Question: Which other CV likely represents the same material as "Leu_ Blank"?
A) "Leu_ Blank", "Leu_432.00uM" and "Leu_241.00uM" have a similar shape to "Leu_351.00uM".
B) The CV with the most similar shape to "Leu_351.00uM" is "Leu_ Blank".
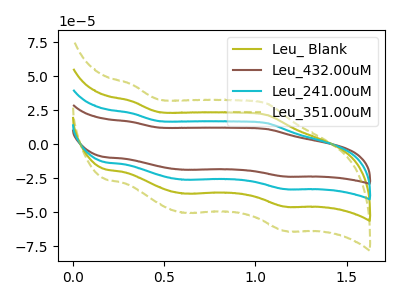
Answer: <think>The olive curve "Leu_ Blank" has anodic peaks at (0.30V, 31.65uA) (1.05V, 21.50uA) and cathodic peaks at (0.60V, -36.35uA) (1.15V, -45.95uA). The brown curve "Leu_432.00uM" has anodic peaks at (0.30V, 94.90uA) (1.05V, 64.50uA) and cathodic peaks at (0.60V, -109.00uA) (1.15V, -137.90uA). The cyan curve "Leu_241.00uM" has anodic peaks at (0.30V, 63.25uA) (1.05V, 43.00uA) and cathodic peaks at (0.60V, -72.65uA) (1.15V, -91.95uA). The olive dashed curve "Leu_351.00uM" has anodic peaks at (0.30V, 43.95uA) (1.05V, 29.90uA) and cathodic peaks at (0.60V, -50.50uA) (1.15V, -63.90uA).
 All the peaks in "Leu_ Blank" have a peak in "Leu_432.00uM" at the same potential. Every peak in "Leu_ Blank" is lower than every peak in "Leu_432.00uM". All the peaks in "Leu_ Blank" have a peak in "Leu_241.00uM" at the same potential. Every peak in "Leu_ Blank" is lower than every peak in "Leu_241.00uM". All the peaks in "Leu_ Blank" have a peak in "Leu_351.00uM" at the same potential. Every peak in "Leu_ Blank" is lower than every peak in "Leu_351.00uM". All the peaks in "Leu_432.00uM" have a peak in "Leu_241.00uM" at the same potential. Every peak in "Leu_432.00uM" is higher than every peak in "Leu_241.00uM". All the peaks in "Leu_432.00uM" have a peak in "Leu_351.00uM" at the same potential. Every peak in "Leu_432.00uM" is higher than every peak in "Leu_351.00uM". All the peaks in "Leu_241.00uM" have a peak in "Leu_351.00uM" at the same potential. Every peak in "Leu_241.00uM" is higher than every peak in "Leu_351.00uM".</think>
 <answer>A) "Leu_ Blank", "Leu_432.00uM" and "Leu_241.00uM" have a similar shape to "Leu_351.00uM".</answer>
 <eval>A</eval>